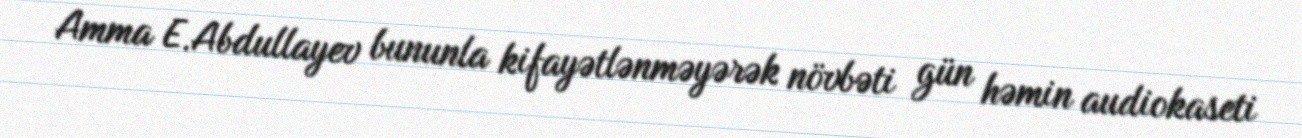
Amma E.Abdullayev bununla kifayətlənməyərək növbəti gün həmin audiokaseti